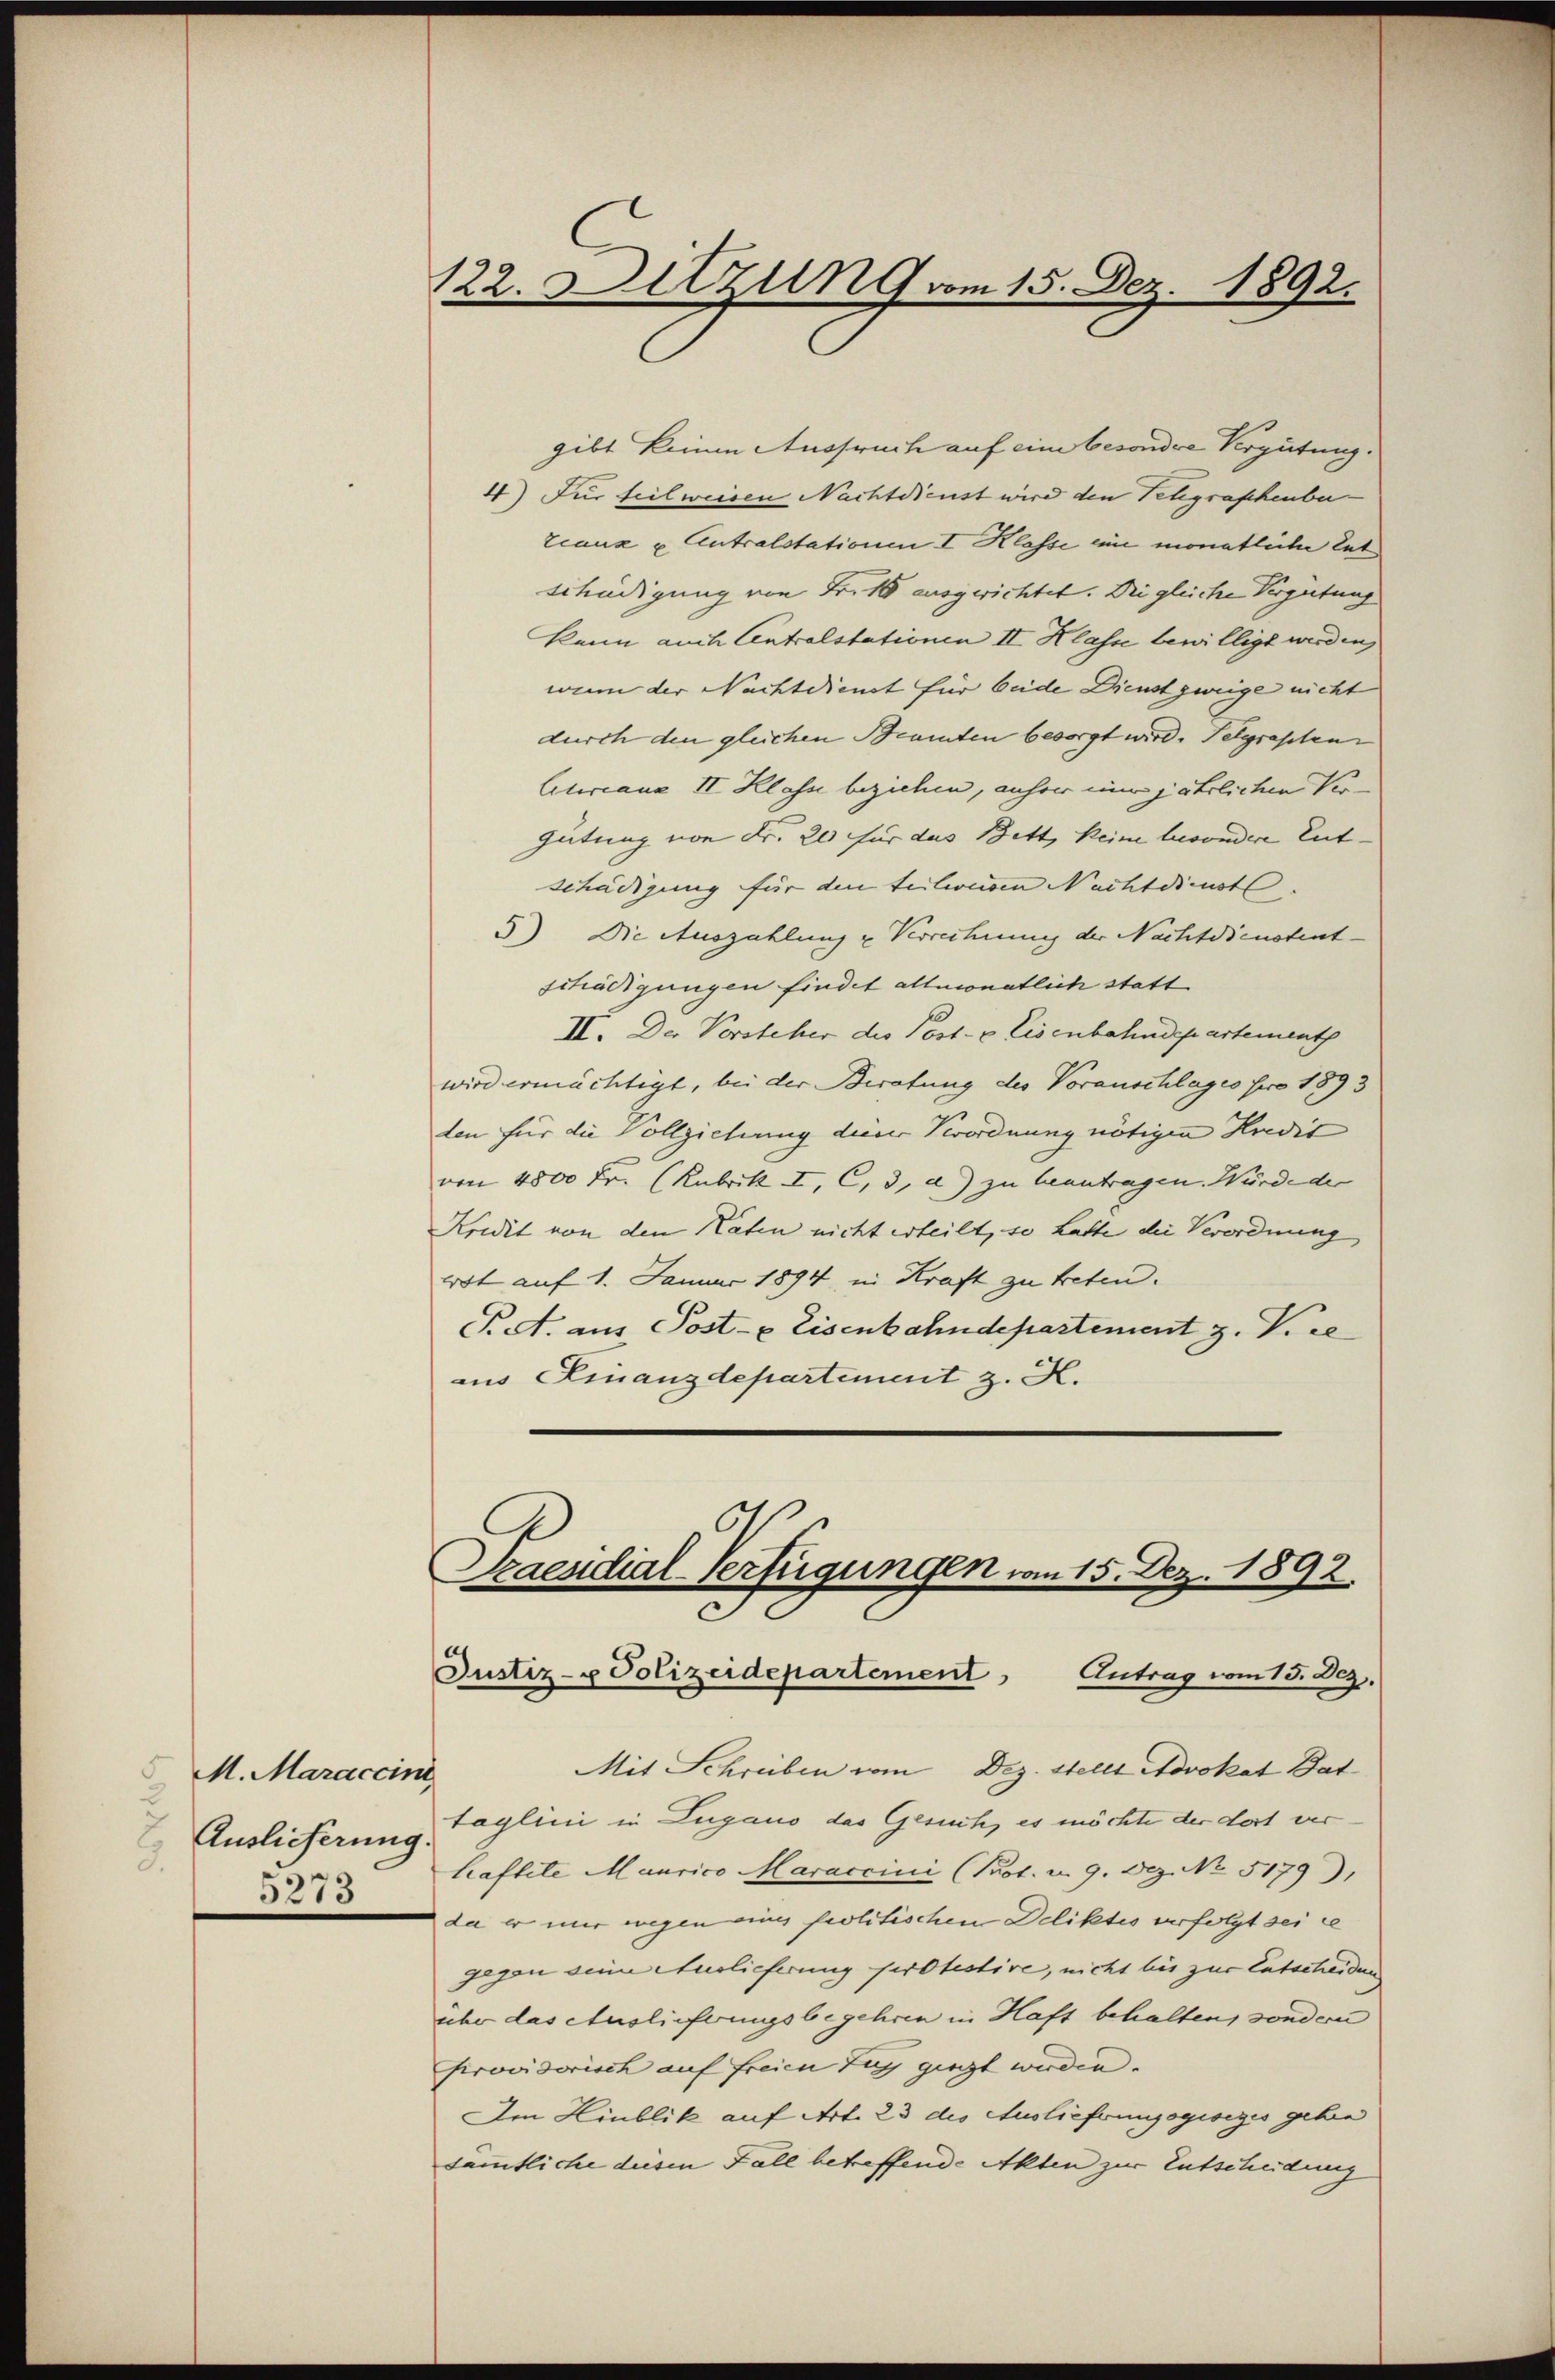
M. Maraccini
u
C
2.
5273

122. Ditzung vom 15. Dez. 1892.

gibt keinen Ausspruch auf eine besondere Vergütung.
4) Für teilweisen Nachtdienst wird den Telegraphenber
tcanz u Antralstationen I Klasse ein monatliche Entschädigung von Fr. 18 ausgerichtet. Die gleiche Vergütung
kann auch Centralstationen II Klasse bewilligt werden,
wenn der Nachtdienst für beide Dienst zweige nicht
durch den gleichen Beamten besorgt wird. Pelgrasten
Ceteriane II Klass beziehen, anher ein jährlichen Ver¬
Gütung von Fr. 20 für das Bett, keine lusondere Ent-
schädigung für den teilweisen Nachtdienst.
5) Die Auszahlung u Verrechnung der Nachtdienstentschädigungen findet allmonatlich statt
II. Der Vorsteher des Post- & Eisenbahndepartementh
wird ermächtigt, bei der Beratung des Voranschlages pro 1893
den für die Vollziehung dieser Verordnung nötigen Kredit
von 4500 Fr. (Rubrik I, C, 3, a) zu beantragen Würde de
Kredit von den Katen nicht erteilt, so hatte die Verordnung
rot auf 1. Januar 1894 in Kraft zu treten.
P. A. aus Post- & Eisenbahndepartement z. Kre
aus Finanzdepartement z. K.

Saendial-Verfügungen vom 15. Dez. 1892.
Justiz- u Polizeidepartement Antrag vom 13. Dez.

Mit Schreiben vom Dez. Stellt Advokat Dat
Auslicherung Taglini in Lugano das Gesuch, es möchte der dort verhaftete Maurico Maraccini (Prot. u. 9. Dez. No 5179)
da er mir wegen eines politischen Deliktes verfolgt sei e
gegen sein Auslieferung protestire, nicht bis zur Entscheiden
über das Auslieferungsbegehren in Haft behalten, sondern
provisorisch auf freien Zug giegt werden.
Den Hinblik auf Art. 23 des Auslieferungogisizes geha
sämmtliche diesen Fall betreffende Akten zur Entscheidung